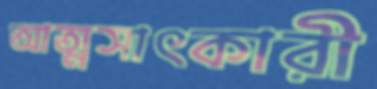
আত্মসাৎকারী